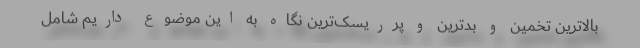
بالاترین تخمین و بدترین و پرریسک‌ترین نگاه به این موضوع داریم شامل